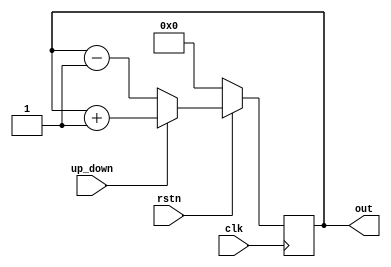
module counter (
    input up_down, clk, rstn,
    output reg [7:0] out
);

always @ (posedge clk)
    if (!rstn)
        out <= 0;
    else begin
        if (up_down)
            out <= out + 1;
        else
            out <= out - 1;
    end
endmodule